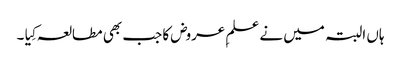
ہاں البتہ میں نے علمِ عروض کا جب بھی مطالعہ کِیا ۔